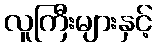
လူကြီးများနှင့်